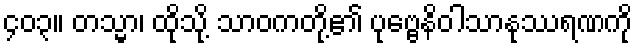
၄၀၃။ တသ္မာ၊ ထိုသို့ သာဝကတို့၏ ပုဗ္ဗေနိဝါသာနုဿရဏကို